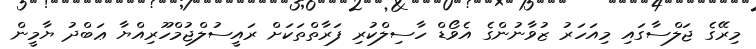
މިރޭގެ ޖަލްސާގައި މިއަހަރު ޒުވާނުންގެ އެވޯޑް ހާސިލްކުރި ފަރާތްތަކަށް ރައީސުލްޖުމްހޫރިއްޔާ ޢަބްދު ޔާމީން